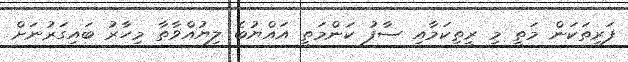
ފަރިތަކަން މަތީ މި ރީތިކަމާއި ސާފު ކަންމަތީ އައްޔުބެ ލިޔުއްވާތާ މިހާރު ބައިގަރުނަށް